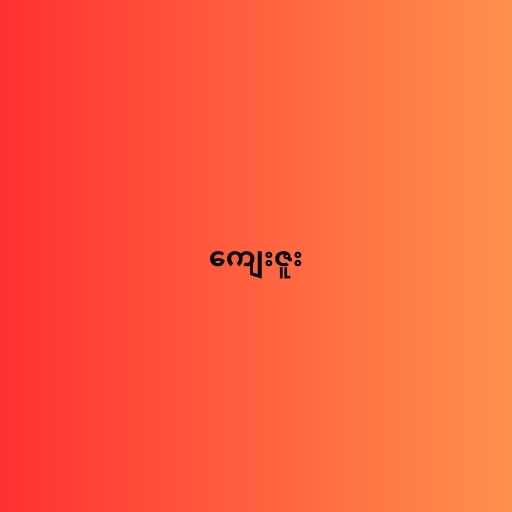
ကျေးဇူး